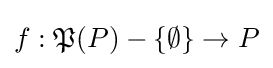
f:{\mathfrak {P}}(P)-\{\emptyset \}\to P